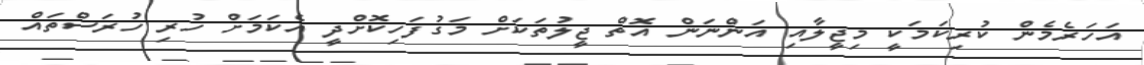
އަހަރެމެން ކުރިކަމަކީ މިޖީލާއި އަންނަން އޮތް ޖީލުތަކަށް މަގުފަހިކޮށްދީ އެކަމަށް ހުރި ހުރަސްތައް